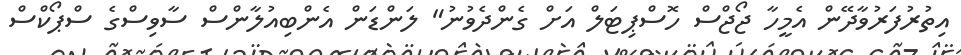
އިތުރުފަރުވާދޭން އެމީހާ ޖޯޖްސް ހޮސްޕިޓަލް އަށް ގެންދެވުނު" ލަންޑަން އެންބިއުލާންސް ސާވިސްގެ ސްޕޯކްސް